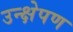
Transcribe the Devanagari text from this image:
उन्क्षेपण